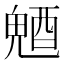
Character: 𨡛